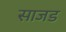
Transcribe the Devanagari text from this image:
साजड